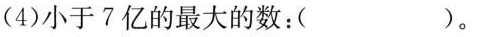
(4)小于7亿的最大的数：( )。